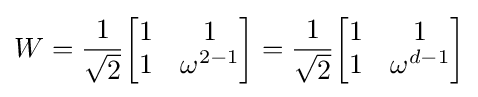
W={\frac {1}{\sqrt {2}}}{\begin{bmatrix}1&1\\1&\omega ^{2-1}\end{bmatrix}}={\frac {1}{\sqrt {2}}}{\begin{bmatrix}1&1\\1&\omega ^{d-1}\end{bmatrix}}